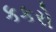
કકરો